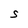
Character: S